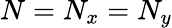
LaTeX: N=N_{x}=N_{y}